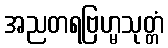
အညတရဗြဟ္မသုတ္တံ